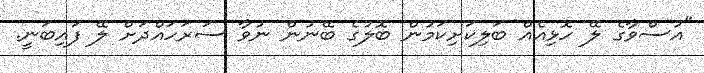
"އުސްވާގެ ލޭ ހޮޅިއެއް ބަލިކަށިކަމުން ބޮލުގެ ބޭނުން ނުވާ ސަރަހައްދަށް ލޭ ފައިބަނީ.